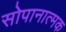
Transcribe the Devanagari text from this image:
सोपानात्मक